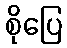
စိုပြေ